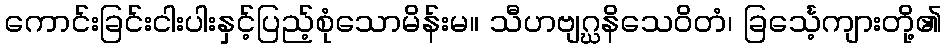
ကောင်းခြင်းငါးပါးနှင့်ပြည့်စုံသောမိန်းမ။ သီဟဗျဂ္ဃနိသေဝိတံ၊ ခြင်္သေ့ကျားတို့၏